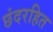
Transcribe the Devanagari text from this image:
छंदरहित